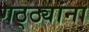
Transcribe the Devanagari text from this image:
गठ्ठ्यांना